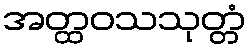
အတ္ထဝသသုတ္တံ